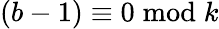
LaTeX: (b-1)\equiv 0{\bmod{k}}